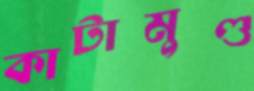
কাটামুণ্ড